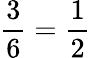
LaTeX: {\frac{3}{6}}={\frac{1}{2}}